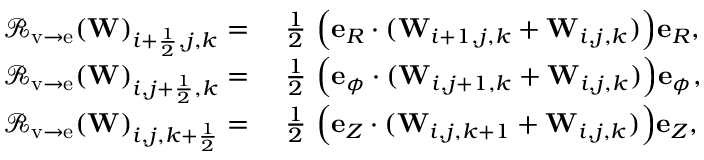
\begin{array} { r l } { { \mathcal { R } } _ { \mathrm { v \rightarrow e } } ( \mathbf { W } ) _ { i + \frac { 1 } { 2 } , j , k } = } & { { } ~ \frac { 1 } { 2 } ~ { \Big ( } \mathbf { e } _ { R } \cdot ( \mathbf { W } _ { i + 1 , j , k } + \mathbf { W } _ { i , j , k } ) { \Big ) } \mathbf { e } _ { R } , } \\ { { \mathcal { R } } _ { \mathrm { v \rightarrow e } } ( \mathbf { W } ) _ { i , j + \frac { 1 } { 2 } , k } = } & { { } ~ \frac { 1 } { 2 } ~ { \Big ( } \mathbf { e } _ { \phi } \cdot ( \mathbf { W } _ { i , j + 1 , k } + \mathbf { W } _ { i , j , k } ) { \Big ) } \mathbf { e } _ { \phi } , } \\ { { \mathcal { R } } _ { \mathrm { v \rightarrow e } } ( \mathbf { W } ) _ { i , j , k + \frac { 1 } { 2 } } = } & { { } ~ \frac { 1 } { 2 } ~ { \Big ( } \mathbf { e } _ { Z } \cdot ( \mathbf { W } _ { i , j , k + 1 } + \mathbf { W } _ { i , j , k } ) { \Big ) } \mathbf { e } _ { Z } , } \end{array}